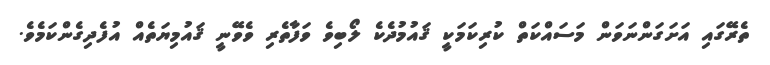
ތެރޭގައި އަށަގަންނަވަން މަސައްކަތް ކުރިކަމަކީ ޤައުމުދެކެ ލޯބިވެ ވަފާތެރި ވެވޭނީ ޤައުމިޔަތެއް އުފެދިގެންކަމެވެ.